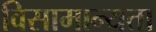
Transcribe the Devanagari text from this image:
विसामान्यता